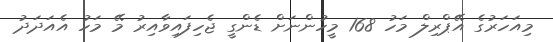
މިއަހަރުގެ އޭޕްރިލް މަހު 168 މީހުންނަށް ޑެންގީ ޖެހިފައިވާއިރު މޭ މަހު އެއަދަދު